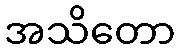
အသိတော